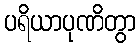
ပရိယာပုဏိတွာ